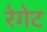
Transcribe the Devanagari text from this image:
रेगेट